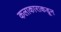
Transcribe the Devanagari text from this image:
कलाकाराकडून